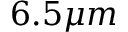
6 . 5 \mu m